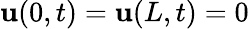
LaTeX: \mathbf{u}(0,t)=\mathbf{u}(L,t)=0